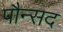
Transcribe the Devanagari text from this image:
पौन्सद